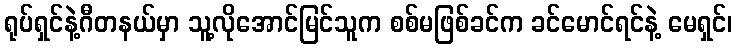
ရုပ်ရှင်နဲ့ဂီတနယ်မှာ သူ့လိုအောင်မြင်သူက စစ်မဖြစ်ခင်က ခင်မောင်ရင်နဲ့ မေရှင်၊